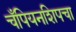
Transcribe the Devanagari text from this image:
चँपियनशिपचा